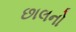
છાલનો